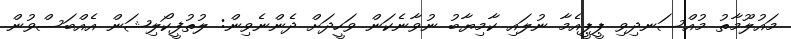
މައުލޫމާތު މުއްސަނދިވި ޕީޕީއެމާ ނުލައި ކާމިޔާބު ނުވާނެކަން ވަހީދަށް ދެންނެވިން: ލުތުފީކޯލިޝަން އެއްބަސްވުން